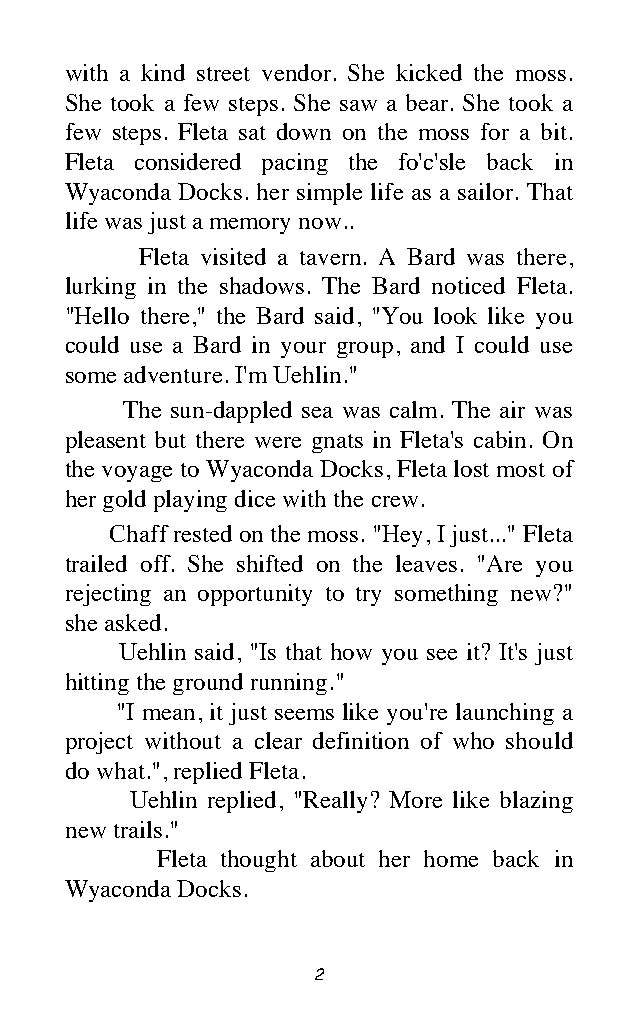
with a kind street vendor. She kicked the moss.
 She took a few steps. She saw a bear. She took a
 few steps. Fleta sat down on the moss for a bit.
 Fleta considered pacing the fo'c'sle back in
 Wyaconda Docks. her simple life as a sailor. That
 life was just a memory now..
 Fleta visited a tavern. A Bard was there,
 lurking in the shadows. The Bard noticed Fleta.
 "Hello there," the Bard said, "You look like you
 could use a Bard in your group, and I could use
 some adventure. I'm Uehlin."
 The sun-dappled sea was calm. The air was
 pleasent but there were gnats in Fleta's cabin. On
 the voyage to Wyaconda Docks, Fleta lost most of
 her gold playing dice with the crew.
 Chaff rested on the moss. "Hey, I just..." Fleta
 trailed off. She shifted on the leaves. "Are you
 rejecting an opportunity to try something new?"
 she asked.
 Uehlin said, "Is that how you see it? It's just
 hitting the ground running."
 "I mean, it just seems like you're launching a
 project without a clear definition of who should
 do what.", replied Fleta.
 Uehlin replied, "Really? More like blazing
 new trails."
 Fleta thought about her home back in
 Wyaconda Docks.
 2